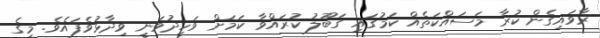
ރާވައިގެން ކުރާ މަސައްކަތެއް ކަމުގައި ގަބޫލު ކުރައްވާ ކަމަށް ވަހީދުވަނީ ވިދާޅުވެފައެވެ. މީގެ